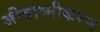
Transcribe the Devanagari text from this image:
जीवाष्मीकरण